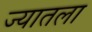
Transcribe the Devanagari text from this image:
ज्यातला